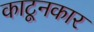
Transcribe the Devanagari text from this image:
काटूनकार